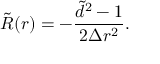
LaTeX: \tilde { R } ( r ) = - \frac { \tilde { d } ^ { 2 } - 1 } { 2 \Delta r ^ { 2 } } .